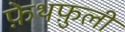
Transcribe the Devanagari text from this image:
फ़ेथफ़ुली